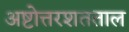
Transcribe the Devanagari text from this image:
अष्टोत्तरशतताल